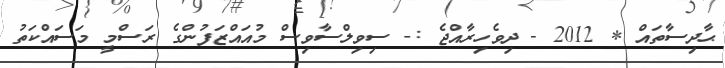
ޙާދިސާތައް * 2012 - ދިވެހިރާއްޖެ :- ސިވިލްސާވިސް މުއައްޒަފުންގެ ރަސްމީ މަސައްކަތު